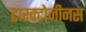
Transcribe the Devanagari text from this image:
टारक्टोजीनस